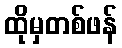
ထိုမှတစ်ဖန်